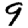
Digit: 9